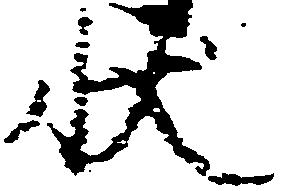
状